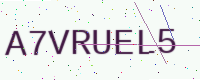
Text: A7VRUEL5